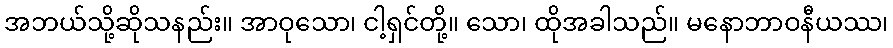
အဘယ်သို့ဆိုသနည်း။ အာဝုသော၊ ငါ့ရှင်တို့။ သော၊ ထိုအခါသည်။ မနောဘာဝနီယဿ၊